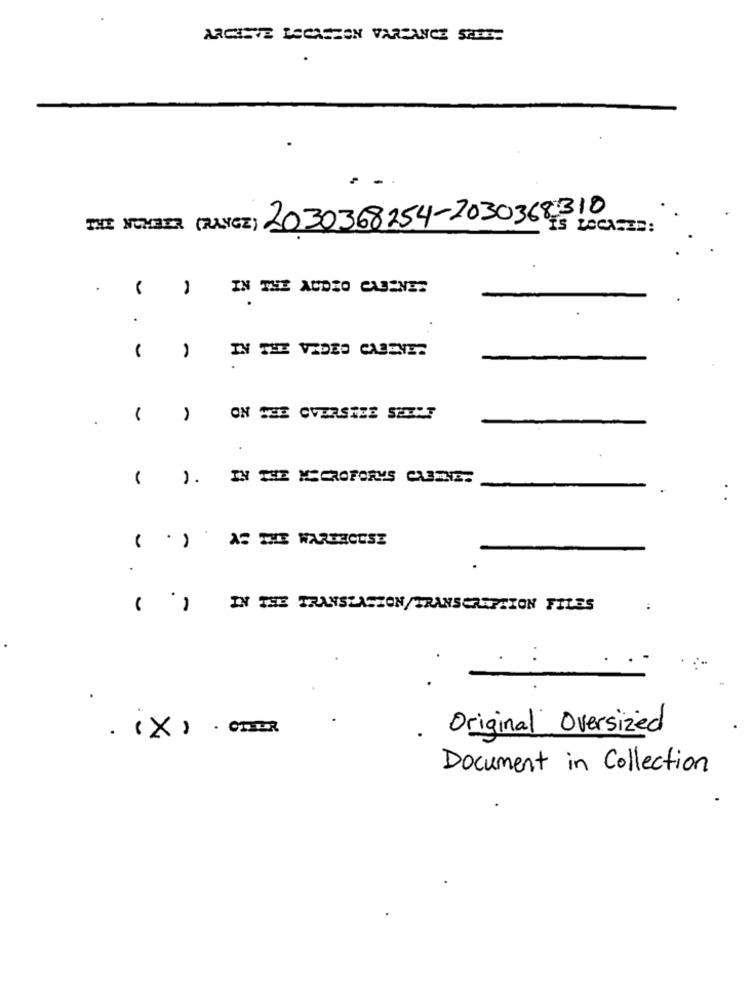
ARCASVE LSCASEON VARPANCE SALES
NIE NUMBER (RANGE) 2030368254-2030368310
IS LOCASES:
.
-
IN THE AUDIO CABENET
IN THE VIDEO CABENE.
..
-
ON THE OVERSIZE SEEIT
1.
IN THE MICROFORMS CABINET
( .)
AS THE WAREHOUSE
.
( )
IN THE TRANSLASZON/TRANSCRIPTION FILES
Original Oversized
. (X ) . CHEER
Document in Collection